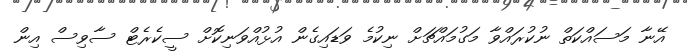
އޭނާ މަސައްކަތް ނުކުރައްވާ މަގުމައްޗަށް ނިކުމެ ވަޑައިގެން އުޅުއްވަނިކޮށް ސީކެރެޓް ސާވިސް އިން